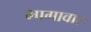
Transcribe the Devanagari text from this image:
भागावार